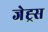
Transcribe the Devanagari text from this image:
जेह्र्स